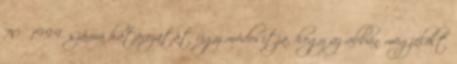
70 1999. számú határozatát úgy módosítja, hogy az abban megjelölt